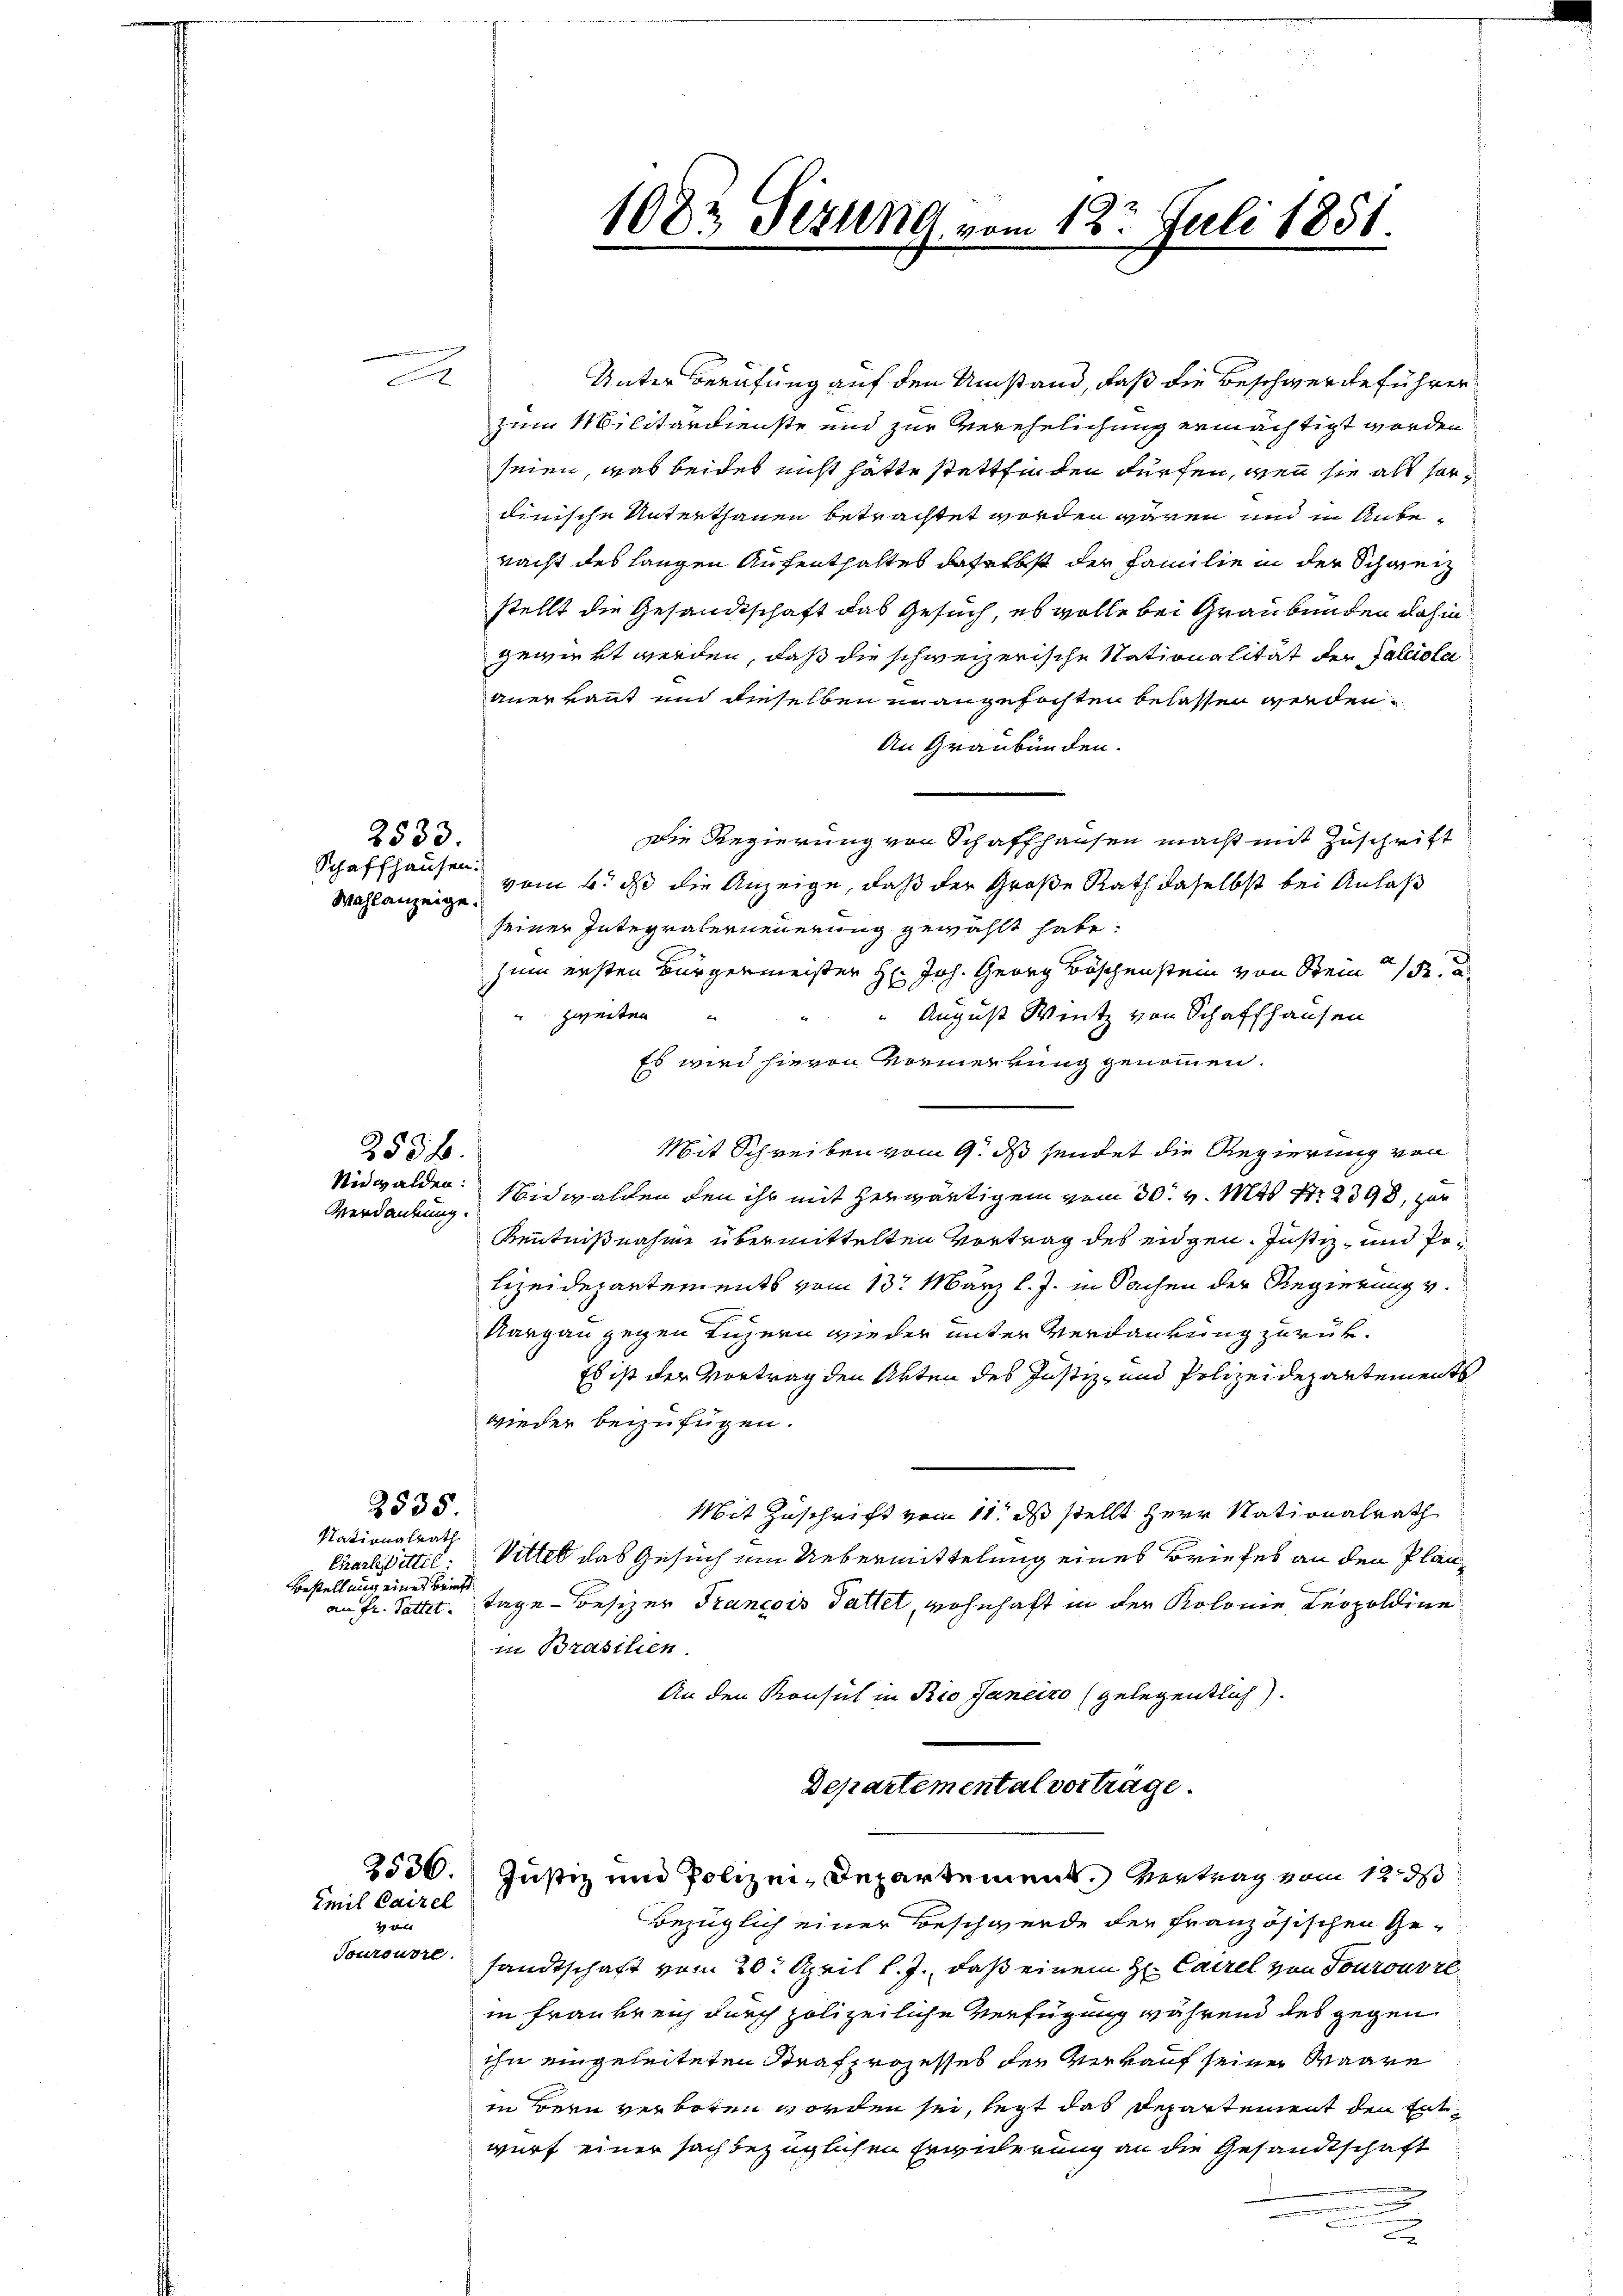
A

2533.
Schaffhausen.
Wahlanzeige.

2536.
Verdankung.

2535.

Stationalrath
Bestellung eines Briefe

Emil Cairel

Toureure.

Unter Berufung auf den Umstand, daß die Beschwerde führer
zum Militärdienste und zur Verehelichung ermächtigt worden
seien, was beides nicht hätte stattfinden dürfen, wenn sie als sordinische Unterthanen betrachtet worden wären und in Anberacht des langen Aufenthaltes daselbst der Familie in der Schweiz
stellt die Gesandtschaft das Gesuch, es wolle bei Graubünden dahin
gewirkt werden, daß die schweizerische Nationalität der Falciola
anerkannt und dieselben unangefochten belassen werden.
An Graubünden.
die Regierung von Schaffhausen macht mit Zuschrift
vom 6. ds die Anzeige, daß der Große Rath daselbst bei Anlaß
seiner Integralerneuerung gewählt habe:
zum ersten Bürgermeister H: Joh. Georg Böschenstein von Stein R. a.
" zweiten
August Wintz von Schaffhausen
Es wird hievon Vormerkung genommen.
Mit Schreiben vom 9. ds sendet die Regierung von
Nidwalden: Nidwalden den ihr mit herwärtigem vom 30. v. Mts. Nr. 2398, zur
Kenntnißnahme übermittelten Vortrag des eidgen. Justiz- und Po¬
Lizeidepartements vom 13. März l. J. in Sachen der Regierung v.
Aargau gegen Luzern wieder unter Verdankung zurück¬
Es ist der Vortrag den Akten des Justiz- und Polizeidepartements
wieder beizufügen.
Mit Zuschrift vom 11t ds stellt Herr Nationalrath
Charlittel. Vittel das Gesuch um Uebermittelung eines Briefes an den Planan Fr. Sattet. Tage Besizer Trancois Gattet, wohnhaft in der Kolonie Leopoldine
in Brasilien
An den Konsul in Rio Janeiro (gelegentlich).
Departemental vortrage.
2536. Justiz und Polizei-Departement. Vertrag vom 12 d
bezüglich einer Beschwerde der Französischen Ge-
sandtschaft vom 20. April l. J., daß einem H. Cairel von Tourousre
in Frankreich durch polizeiliche Verfügung während des gegen
ihn eingeleiteten Strafprozesses der Verkauf seiner Waare
in Bern verboten worden sei, legt das Departement den Entwurf einer sachbezüglichen Erwilerung an die Gesandtschaft
e
n
2

1082 Sizung vom 12t Juli 1851.